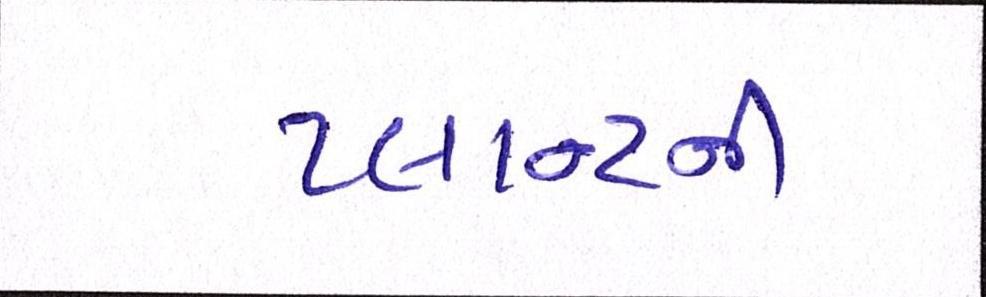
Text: પ્લાન્ટની